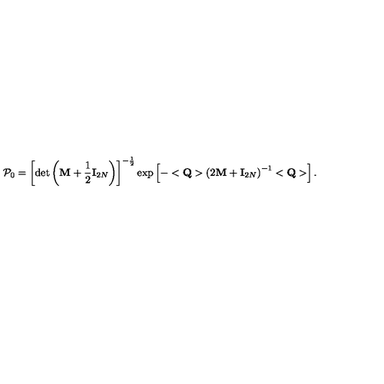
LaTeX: { \cal P } _ { 0 } = \left[ \det \left( { \bf M } + \frac 1 2 { \bf I } _ { 2 N } \right) \right] ^ { - \frac 1 2 } \exp \left[ - < { \bf Q } > \left( 2 { \bf M } + { \bf I } _ { 2 N } \right) ^ { - 1 } < { \bf Q } > \right] .